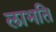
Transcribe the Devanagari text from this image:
लाभति